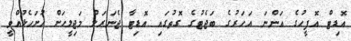
އޮޑިޓް އޮފީހުގެ އަންނަ އަހަރުގެ ބަޖެޓުގެ ގޮތުގައި އޮޑިޓާ ޖެނަރަލް މަޖިލީހަށް ހުށަހެޅުއްވީ